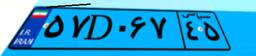
۸۱D۸۹۹۴۴